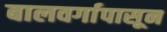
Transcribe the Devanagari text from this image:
बालवर्गापासून